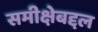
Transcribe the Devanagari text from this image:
समीक्षेबद्दल